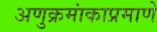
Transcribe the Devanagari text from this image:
अणुक्रमांकाप्रमाणे